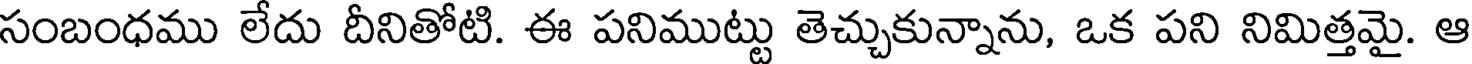
సంబంధము లేదు దీనితోటి. ఈ పనిముట్టు తెచ్చుకున్నాను, ఒక పని నిమిత్తమై. ఆ